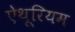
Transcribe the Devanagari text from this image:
ऐथूरियम